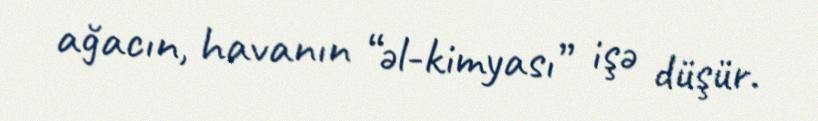
ağacın, havanın “əl-kimyası” işə düşür.